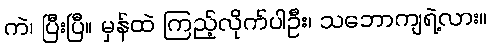
ကဲ၊ ပြီးပြီ။ မှန်ထဲ ကြည့်လိုက်ပါဦး၊ သဘောကျရဲ့လား။